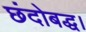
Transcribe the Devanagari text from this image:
छंदोबद्ध।